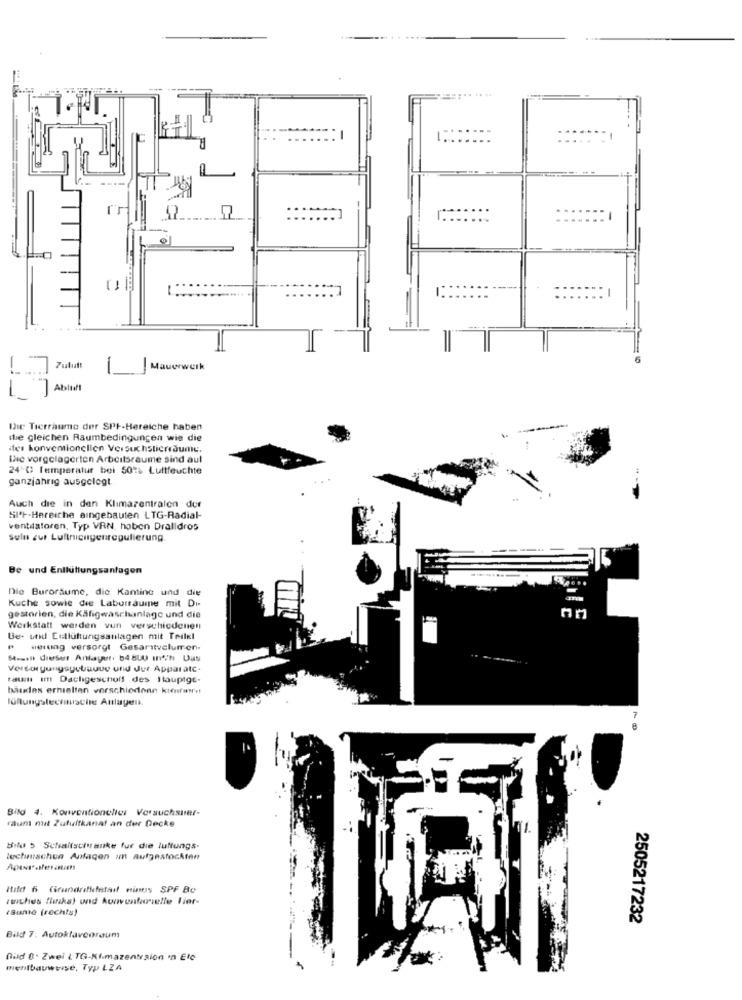
..
=
7uluft
1
Mauerwerk
Abiw
Die Tierraume der SPF-Bereiche haben
de Gleichen Raumbedingungen wie die
ites konventionellen Versuchstierraume.
the vorgelagerten Arbeitsraume sind aul
24 ℃ Temperatur bei 50"> Luftfeuchte
ganzjährig ausgelegt.
Auch die in den Klimazentralen der
Si"+-Hereiche aingebauten LTG-Radial-
venteatoren, Typ VRN, haben Dralldros
sulu zur Luftnicugenregulierung.
Be und Entlüftungsanlagen
Die Buroräume, die Kantine und die
Kuche sowie die Laborraume mit Di-
gestorien, die Käfigwaschanlage und die
Werkstatt werden vun verschiedenen
Be- und Eellüftungsanlagen mit Teilkl
Herung versorgt Gesaritvelumen-
Masin dieser Anlayer. 54 800 m/h Uus
Versorgungsgotuuue und Jur Apparatc.
tauin Im Dachgeschoss des Hauptge.
baudes ermelten verschiedonn ktenfarr !!
lüftungstechnische Anlagen.
Bild 4. Konventionellei Versuchsuser-
raum mit Zufullkanat an der Decke
Bilu > Schaltschranke fur die luftungs.
technischen Anlagen in aufgestockten
Bild 6 Gifundrifiutatail nimus SPF Be
(Sunte (rechts)
2505217232
Bild 7. Autoklavenraum
nad 0. Zwei i TG-Klimazentrsion 'n Ele
mentbauweise, Typ LZA